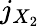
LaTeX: j_{X_{2}}